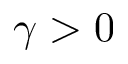
\gamma > 0